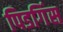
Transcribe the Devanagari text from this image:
पिडगिंस